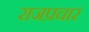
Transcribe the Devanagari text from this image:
राजप्रचार